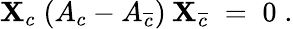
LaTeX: \mathbf{X}_{c}\; (A_{c}-A_{\overline{{{{c}}}}})\: \mathbf{X}_{\overline{{{{c}}}}}\; =\; 0\; .